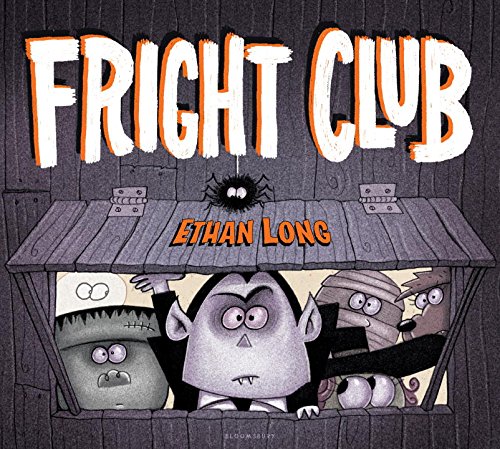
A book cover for Fright Club; Ethan Long; Children's Books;